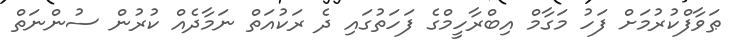
ޠަވާފްކުރުމަށް ފަހު މަގާމް އިބްރާހީމްގެ ފަހަތުގައި ދެ ރަކުއަތް ނަމާދެއް ކުރުން ސުންނަތް